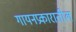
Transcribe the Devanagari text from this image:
गायनप्रकारातील